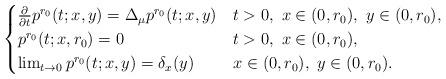
LaTeX: \begin{align*}\begin{cases} \frac{\partial}{\partial t} p^{r_0}(t;x,y) = \Delta_{\mu} p^{r_0}(t;x,y) & t>0,\ x \in (0,r_0),\ y \in (0,r_0), \\ p^{r_0}(t;x,r_0) = 0 & t>0,\ x \in (0,r_0), \\ \lim_{t \to 0} p^{r_0}(t;x,y) = \delta_x(y) &x \in (0,r_0),\ y \in (0,r_0). \end{cases}\end{align*}